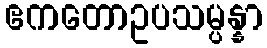
ဧကတောဥပသမ္ပန္နာ